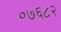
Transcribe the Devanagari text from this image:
०७६८२